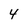
Character: 4